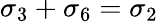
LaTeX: \sigma_{3}+\sigma_{6}=\sigma_{2}